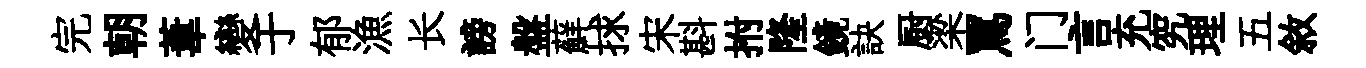
完朝葦變于郁漁长謗盤蘚捄宋斟拊隆鏡訣厨梁罵门言充究理五敘